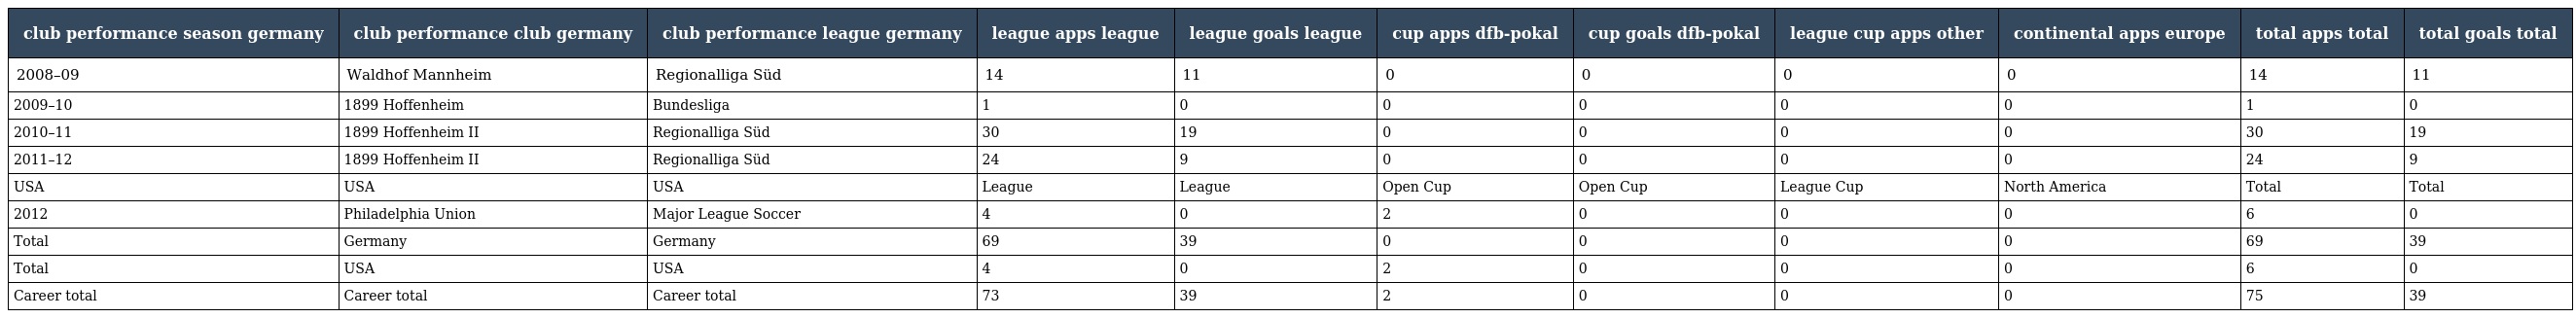
| club performance season germany | club performance club germany | club performance league germany | league apps league | league goals league | cup apps dfb-pokal | cup goals dfb-pokal | league cup apps other | continental apps europe | total apps total | total goals total |
 | --- | --- | --- | --- | --- | --- | --- | --- | --- | --- | --- |
 | 2008–09 | Waldhof Mannheim | Regionalliga Süd | 14 | 11 | 0 | 0 | 0 | 0 | 14 | 11 |
 | 2009–10 | 1899 Hoffenheim | Bundesliga | 1 | 0 | 0 | 0 | 0 | 0 | 1 | 0 |
 | 2010–11 | 1899 Hoffenheim II | Regionalliga Süd | 30 | 19 | 0 | 0 | 0 | 0 | 30 | 19 |
 | 2011–12 | 1899 Hoffenheim II | Regionalliga Süd | 24 | 9 | 0 | 0 | 0 | 0 | 24 | 9 |
 | USA | USA | USA | League | League | Open Cup | Open Cup | League Cup | North America | Total | Total |
 | 2012 | Philadelphia Union | Major League Soccer | 4 | 0 | 2 | 0 | 0 | 0 | 6 | 0 |
 | Total | Germany | Germany | 69 | 39 | 0 | 0 | 0 | 0 | 69 | 39 |
 | Total | USA | USA | 4 | 0 | 2 | 0 | 0 | 0 | 6 | 0 |
 | Career total | Career total | Career total | 73 | 39 | 2 | 0 | 0 | 0 | 75 | 39 |